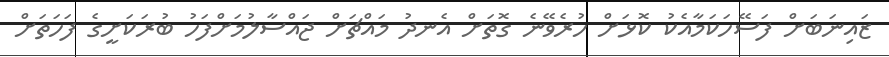
ޒައިނަބަށް ފަސޭހަކަމާއެކު ކޮޅަށް ހުރެވޭނެ ގޮތަށް އެނދު މައްޗަށް ޖައްސާލުމަށްފަހު ބުރަކަށީގެ ފަހަތަށް